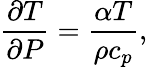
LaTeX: \frac{\partial T}{\partial P}=\frac{\alpha T}{\rho c_{p}},